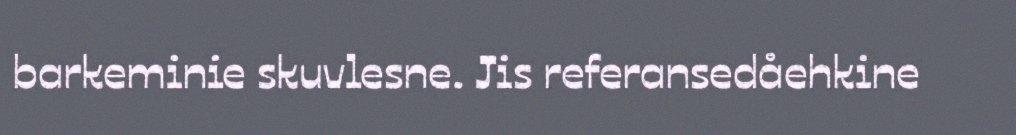
barkeminie skuvlesne. Jis referansedåehkine